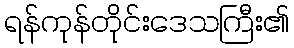
ရန်ကုန်တိုင်းဒေသကြီး၏